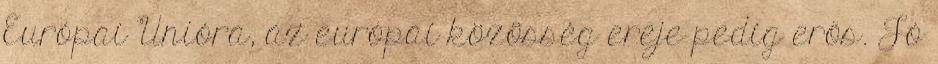
Európai Unióra, az európai közösség ereje pedig erős. Jó